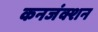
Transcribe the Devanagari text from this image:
कनजंक्शन